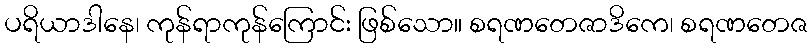
ပရိယာဒါနေ၊ ကုန်ရာကုန်ကြောင်း ဖြစ်သော။ စရဏတေဇာဒိကေ၊ စရဏတေဇ